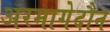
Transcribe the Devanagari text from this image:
अरमागेदौन